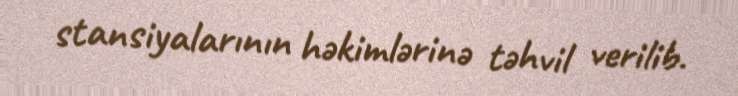
stansiyalarının həkimlərinə təhvil verilib.